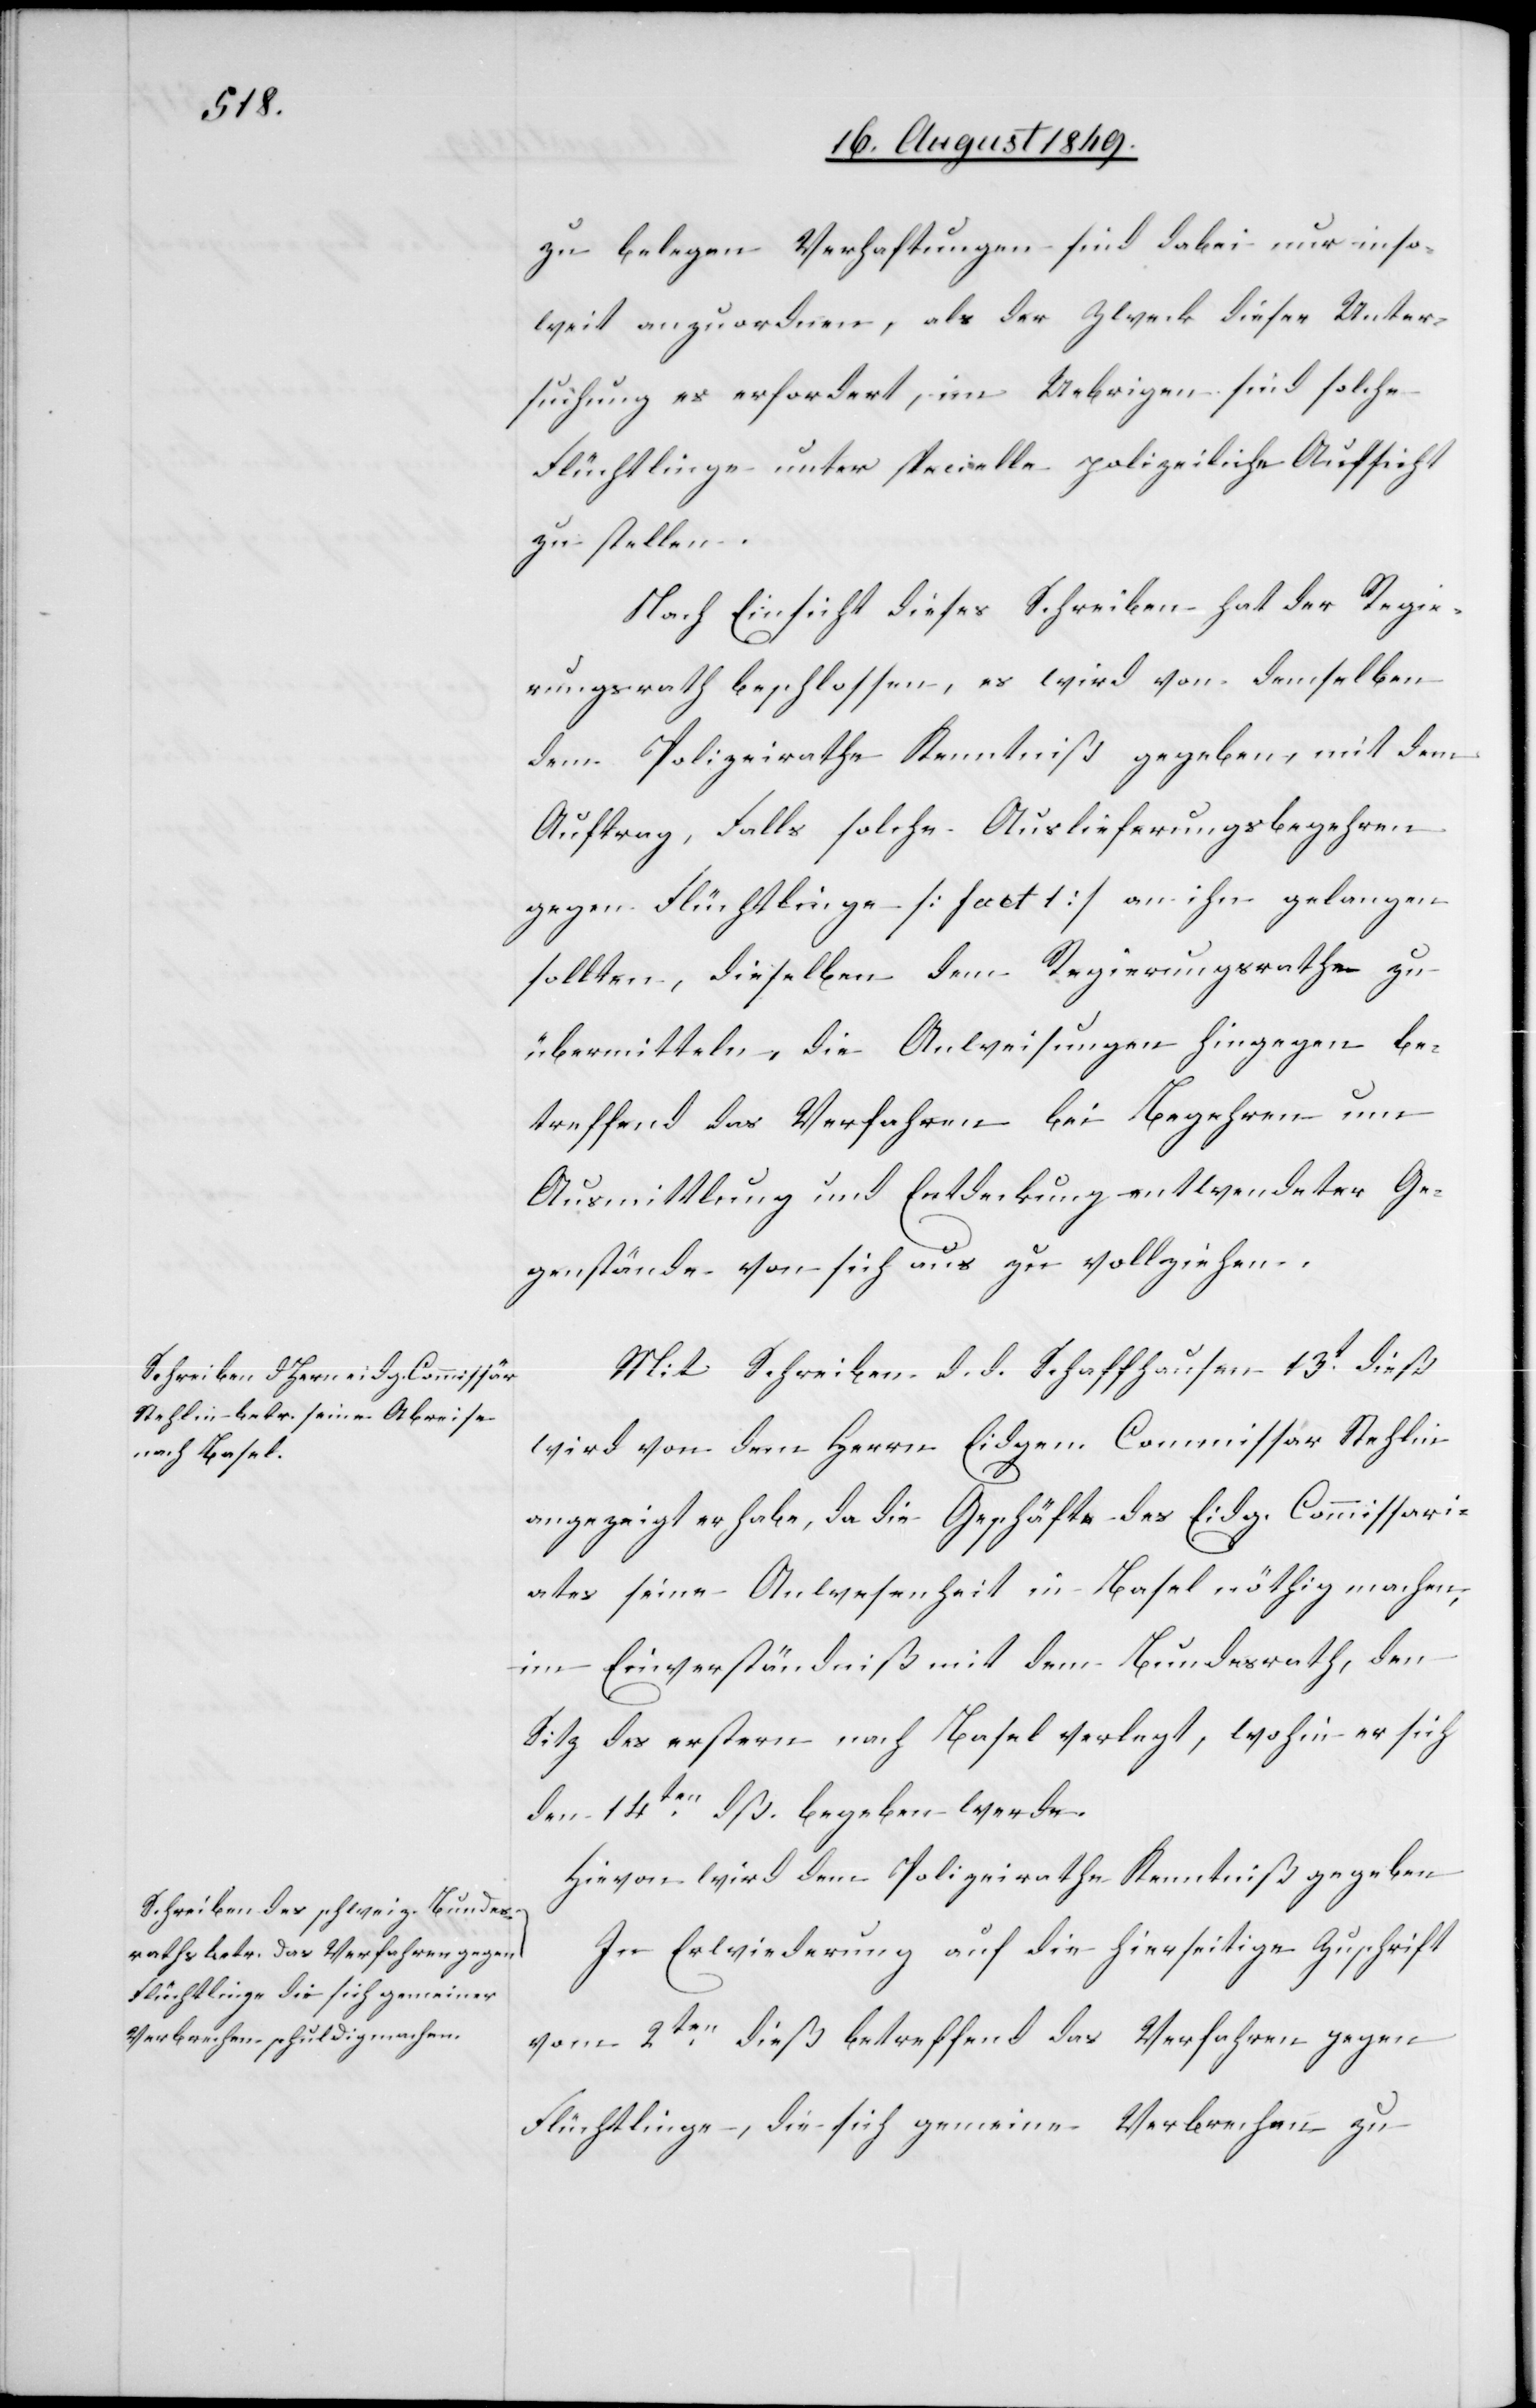
zu belegen. Verhaftungen sind dabei nur inso¬
weit anzuordnen, als der Zweck dieser Unter¬
suchung es erfordert, im Uebrigen sind solche
Flüchtlinge unter specielle polizeiliche Aufsicht
zu stellen.
Nach Einsicht dieses Schreiben hat der Regie¬
rungsrath beschlossen, es wird von demselben
dem Polizeirathe Kenntniß gegeben, mit dem
Auftrag, Falls solche Auslieferungsbegehren
gegen Flüchtlinge [fact 1] an ihn gelangen
sollten, dieselben dem Regierungsrathe zu
übermitteln, die Anweisungen hingegen be¬
treffend das Verfahren bei Begehren um
Ausmittlung und Entdeckung entwendeter Ge¬
genstände von sich aus zu vollziehen.
Mit Schreiben d. d. Schaffhausen 13t dieß
wird von dem Herrn Eidgen. Commissär Stehlin
angezeigt er habe, da die Geschäfte des Eidg. Commissari¬
ates seine Anwesenheit in Basel nöthig machen,
im Einverständniß mit dem Bundesrath, den
Sitz des erstern nach Basel verlegt, wohin er sich
den 14ten dß. begeben werde.
Hievon wird dem Polizeirathe Kenntniß gegeben.
In Erwiederung auf die hierseitige Zuschrift
vom 2ten dieß betreffend das Verfahren gegen
Flüchtlinge, die sich gemeine Verbrechen zu